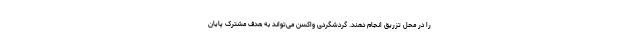
را در محل تزریق انجام دهند. گردشگردی واکسن می‌تواند به هدف مشترک پایان